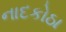
નાદકોઠા